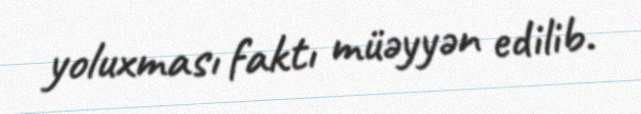
yoluxması faktı müəyyən edilib.